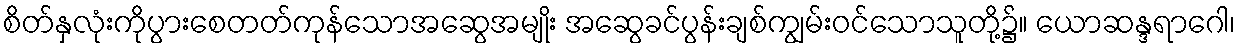
စိတ်နှလုံးကိုပွားစေတတ်ကုန်သောအဆွေအမျိုး အဆွေခင်ပွန်းချစ်ကျွမ်းဝင်သောသူတို့၌။ ယောဆန္ဒရာဂေါ၊